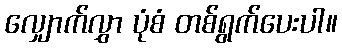
လျှောက်လွှာ ပုံစံ တစ်ရွက်ပေးပါ။